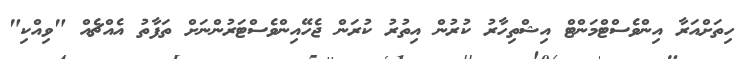
ހިތަށްއަރާ އިންވެސްޓްމަންޓް އިޝްތިހާރު ކުރުން އިތުރު ކުރަން ޖެހޭއިންވެސްޓަރުންނަށް ތަފާތު އެއްޗެއް "ވިއްކި"